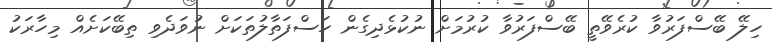
ހިލޭ ބޭސްފަރުވާ ކުރެވޭތީ ބޭސްފަރުވާ ކުރުމަށް ނުކުޅެދިގެން ހަސްފަތާލުތަކަށް ނުވަދެވި ތިބޭކަށެއް މިހާރަކު